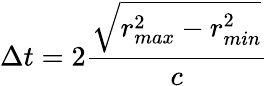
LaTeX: \Delta t=2\frac{\sqrt{r_{max}^{2}-r_{min}^{2}}}{c}